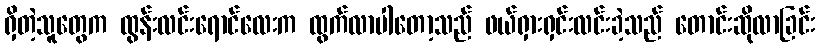
ရှိတဲ့သူတွေက ထွန်းလင်းရောင်လေးက ထွက်လာပါတော့သည် ဖယ်ရှားရှင်းလင်းခဲ့သည် တောင်းဆိုလာခြင်း